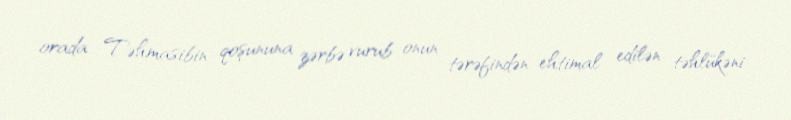
orada Təhmasibin qoşununa zərbə vurub onun tərəfindən ehtimal edilən təhlükəni